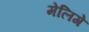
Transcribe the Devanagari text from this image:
मेलिगे